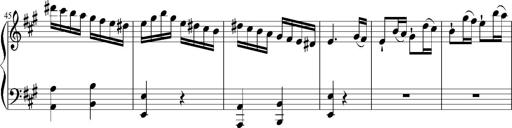
Title: 12 Sonatinas for Piano
Composer: Johann Baptist Vanhal